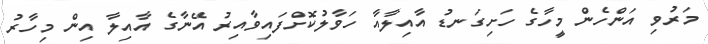
މަރުވި އަންހެން މީހާގެ ހަށިގަނޑު އާއިލާއާ ހަވާލުކޮށްފައިވާއިރު އޭނާގެ އާއިލާ އިން މިހާރު